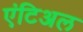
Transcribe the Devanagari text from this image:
एंटिअल